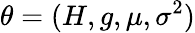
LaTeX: \theta=(H,g,\mu,\sigma^{2})